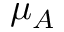
\mu _ { A }